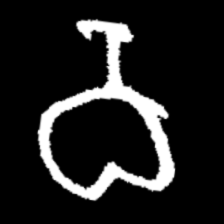
Pyu character \u2014 Myanmar letter: ဝ (romanized: wa)